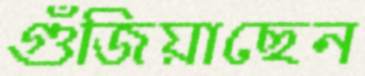
গুঁজিয়াছেন